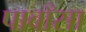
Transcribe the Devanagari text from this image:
पाबाँसा